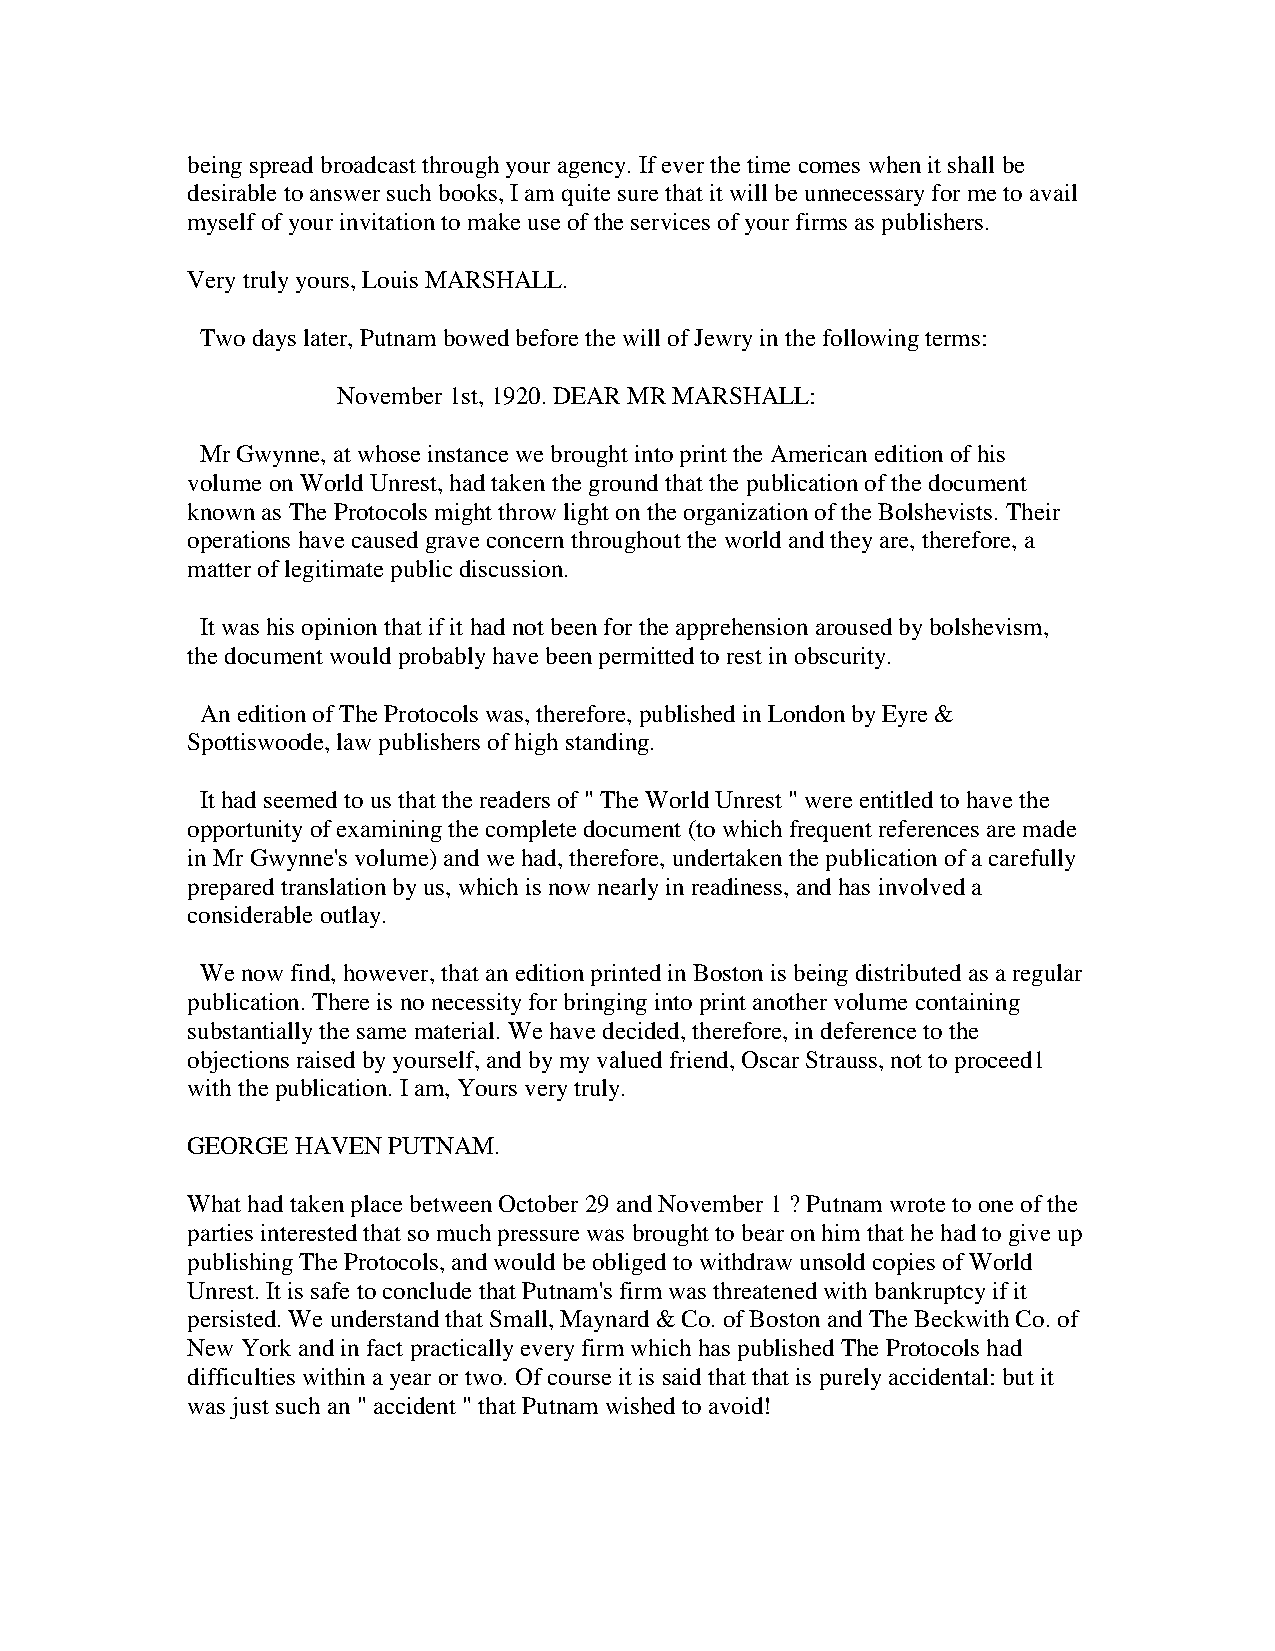
being spread broadcast through your agency. If ever the time comes when it shall be
 desirable to answer such books, I am quite sure that it will be unnecessary for me to avail
 myself of your invitation to make use of the services of your firms as publishers.
 Very truly yours, Louis MARSHALL.
 Two days later, Putnam bowed before the will of Jewry in the following terms:
 November 1st, 1920. DEAR MR MARSHALL:
 Mr Gwynne, at whose instance we brought into print the American edition of his
 volume on World Unrest, had taken the ground that the publication of the document
 known as The Protocols might throw light on the organization of the Bolshevists. Their
 operations have caused grave concern throughout the world and they are, therefore, a
 matter of legitimate public discussion.
 It was his opinion that if it had not been for the apprehension aroused by bolshevism,
 the document would probably have been permitted to rest in obscurity.
 An edition of The Protocols was, therefore, published in London by Eyre &
 Spottiswoode, law publishers of high standing.
 It had seemed to us that the readers of " The World Unrest " were entitled to have the
 opportunity of examining the complete document (to which frequent references are made
 in Mr Gwynne's volume) and we had, therefore, undertaken the publication of a carefully
 prepared translation by us, which is now nearly in readiness, and has involved a
 considerable outlay.
 We now find, however, that an edition printed in Boston is being distributed as a regular
 publication. There is no necessity for bringing into print another volume containing
 substantially the same material. We have decided, therefore, in deference to the
 objections raised by yourself, and by my valued friend, Oscar Strauss, not to proceed1
 with the publication. I am, Yours very truly.
 GEORGE  HAVEN PUTNAM.
 What had taken place between October 29 and November 1 ? Putnam wrote to one of the
 parties interested that so much pressure was brought to bear on him that he had to give up
 publishing The Protocols, and would be obliged to withdraw unsold copies of World
 Unrest. It is safe to conclude that Putnam's firm was threatened with bankruptcy if it
 persisted. We understand that Small, Maynard & Co. of Boston and The Beckwith Co. of
 New York and in fact practically every firm which has published The Protocols had
 difficulties within a year or two. Of course it is said that that is purely accidental: but it
 was just such an " accident " that Putnam wished to avoid!